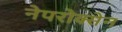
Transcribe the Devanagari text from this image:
नेपरोक्सेन